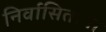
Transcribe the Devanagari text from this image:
निर्वासितांना